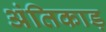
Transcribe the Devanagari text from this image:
अंतिकाड़